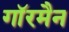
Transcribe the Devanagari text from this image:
गाॅरमैन